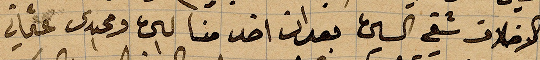
الاخلاق شقي ال... بعد ان اخذ منا لحق ومجيدي عثماني